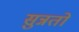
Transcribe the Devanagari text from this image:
सुन्नतों